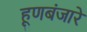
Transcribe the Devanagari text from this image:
हूणबंजारे